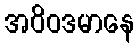
အဝိဝဒမာနေ